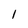
Character: 1